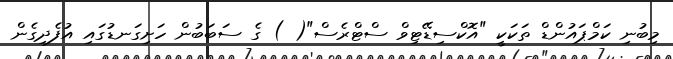
މިބުނި ކަމްޕައުންޑް ތަކަކީ "އޮކްސިޑޭޓިވް ސްޓްރެސް"( ) ގެ ސަބަބުން ހަށިގަނޑުގައި އުފެދިގެން